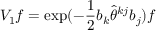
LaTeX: V _ { 1 } f = \exp ( - \frac { 1 } { 2 } b _ { k } \widehat { \theta } ^ { k j } b _ { j } ) f